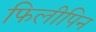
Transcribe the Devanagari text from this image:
फिलीपिन